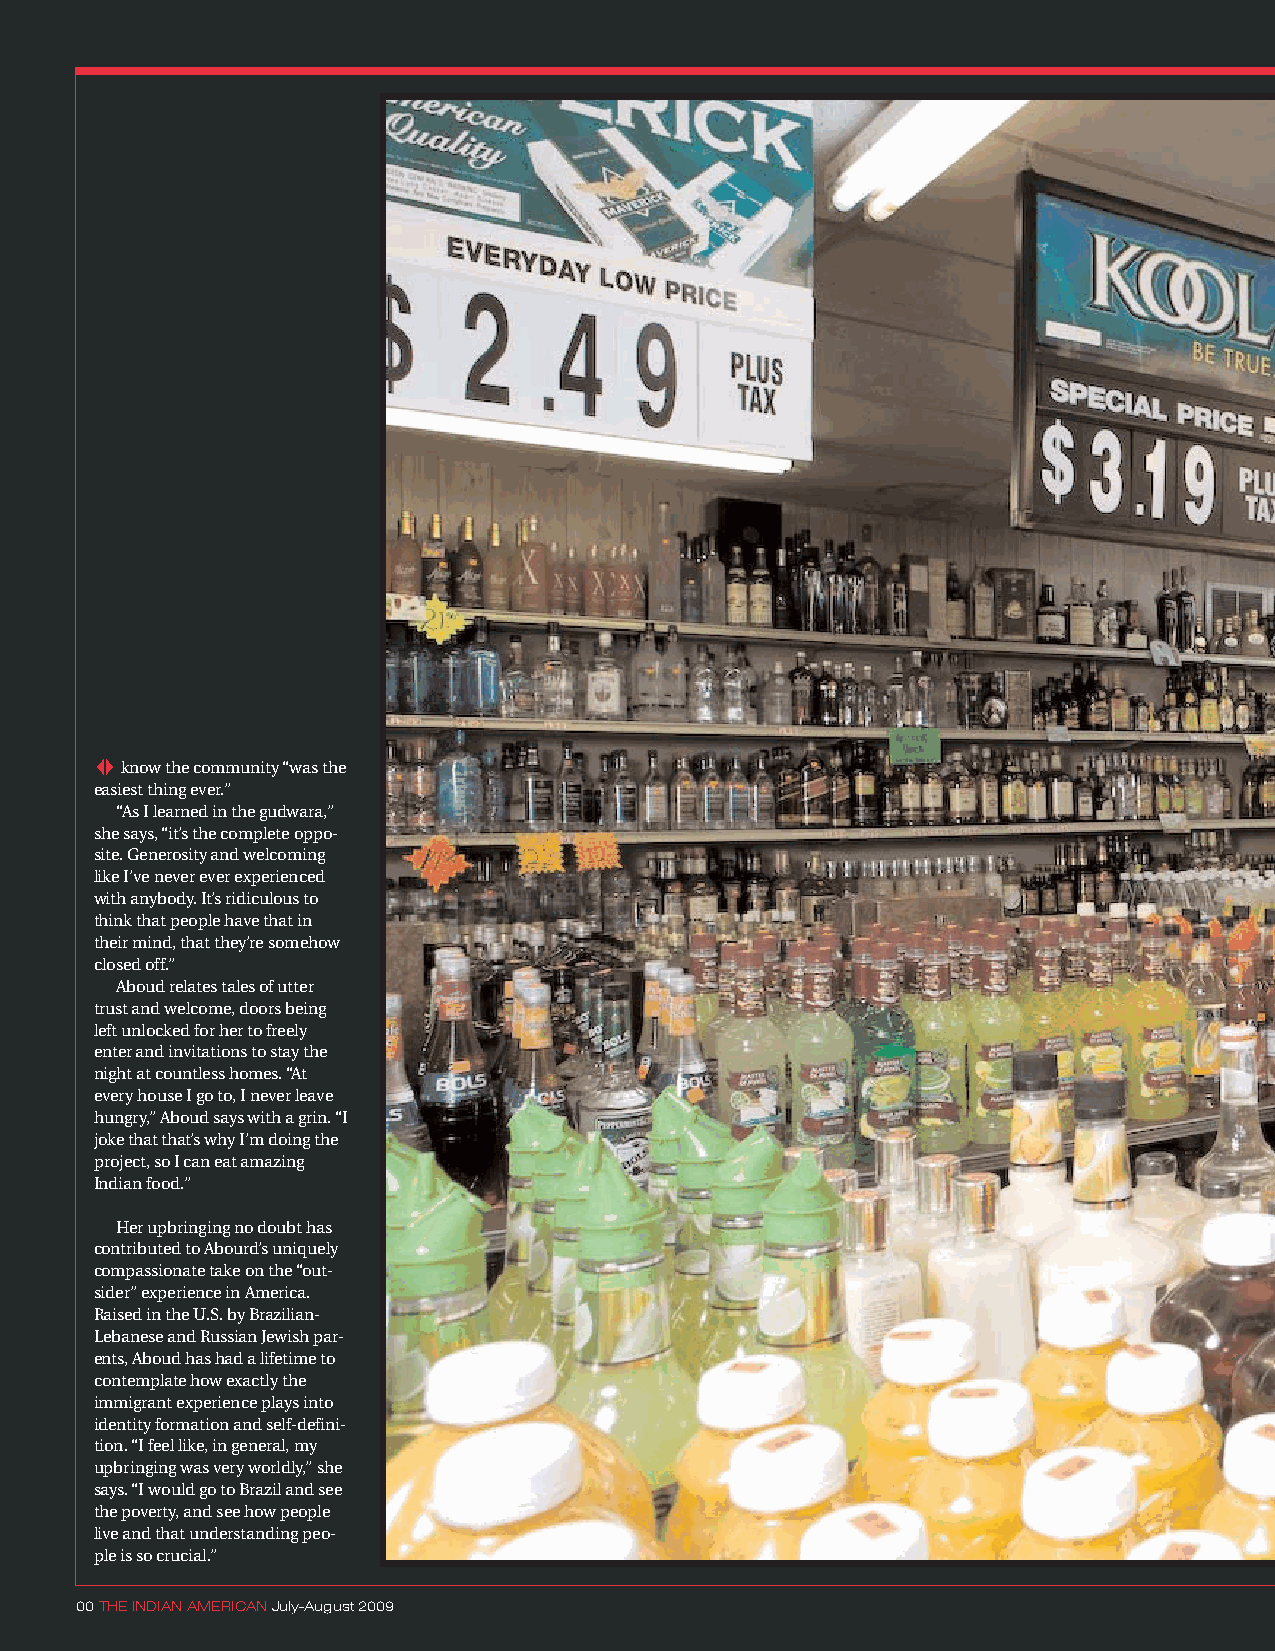
know the community “was the
 easiest thing ever.”
 “As I learned in the gudwara,”
 she says, “it’s the complete oppo-
 site. Generosity and welcoming
 like I’ve never ever experienced
 with anybody. It’s ridiculous to
 think that people have that in
 their mind, that they’re somehow
 closed off.”
 Aboud relates tales of utter
 trust and welcome, doors being
 left unlocked for her to freely
 enter and invitations to stay the
 night at countless homes. “At
 every house I go to, I never leave
 hungry,” Aboud says with a grin. “I
 joke that that’s why I’m doing the
 project, so I can eat amazing
 Indian food.”
 Her upbringing no doubt has
 contributed to Abourd’s uniquely
 compassionate take on the “out-
 sider” experience in America.
 Raised in the U.S. by Brazilian-
 Lebanese and Russian Jewish par-
 ents, Aboud has had a lifetime to
 contemplate how exactly the
 immigrant experience plays into
 identity formation and self-defini-
 tion. “I feel like, in general, my
 upbringing was very worldly,” she
 says. “I would go to Brazil and see
 the poverty, and see how people
 live and that understanding peo-
 ple is so crucial.”
 00 THE INDIAN AMERICANJuly-August 2009